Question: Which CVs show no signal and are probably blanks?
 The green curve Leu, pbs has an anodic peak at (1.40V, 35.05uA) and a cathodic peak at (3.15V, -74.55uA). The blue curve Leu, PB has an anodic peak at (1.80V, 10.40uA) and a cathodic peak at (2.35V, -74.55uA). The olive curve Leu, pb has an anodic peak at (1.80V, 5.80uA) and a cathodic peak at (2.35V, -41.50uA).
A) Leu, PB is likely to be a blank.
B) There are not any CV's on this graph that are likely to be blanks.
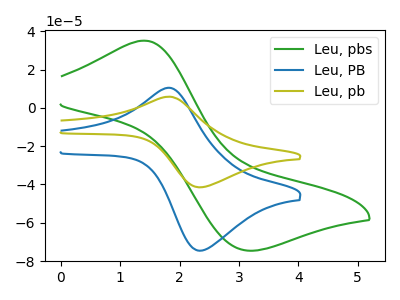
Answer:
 <answer>B) There are not any CV's on this graph that are likely to be blanks.</answer>
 <eval>B</eval>